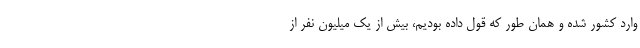
وارد کشور شده و همان طور که قول داده بودیم، بیش از یک میلیون نفر از